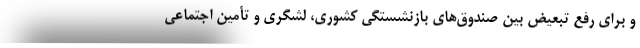
و برای رفع تبعیض بین صندوق‌های بازنشستگی کشوری، لشگری و تأمین اجتماعی